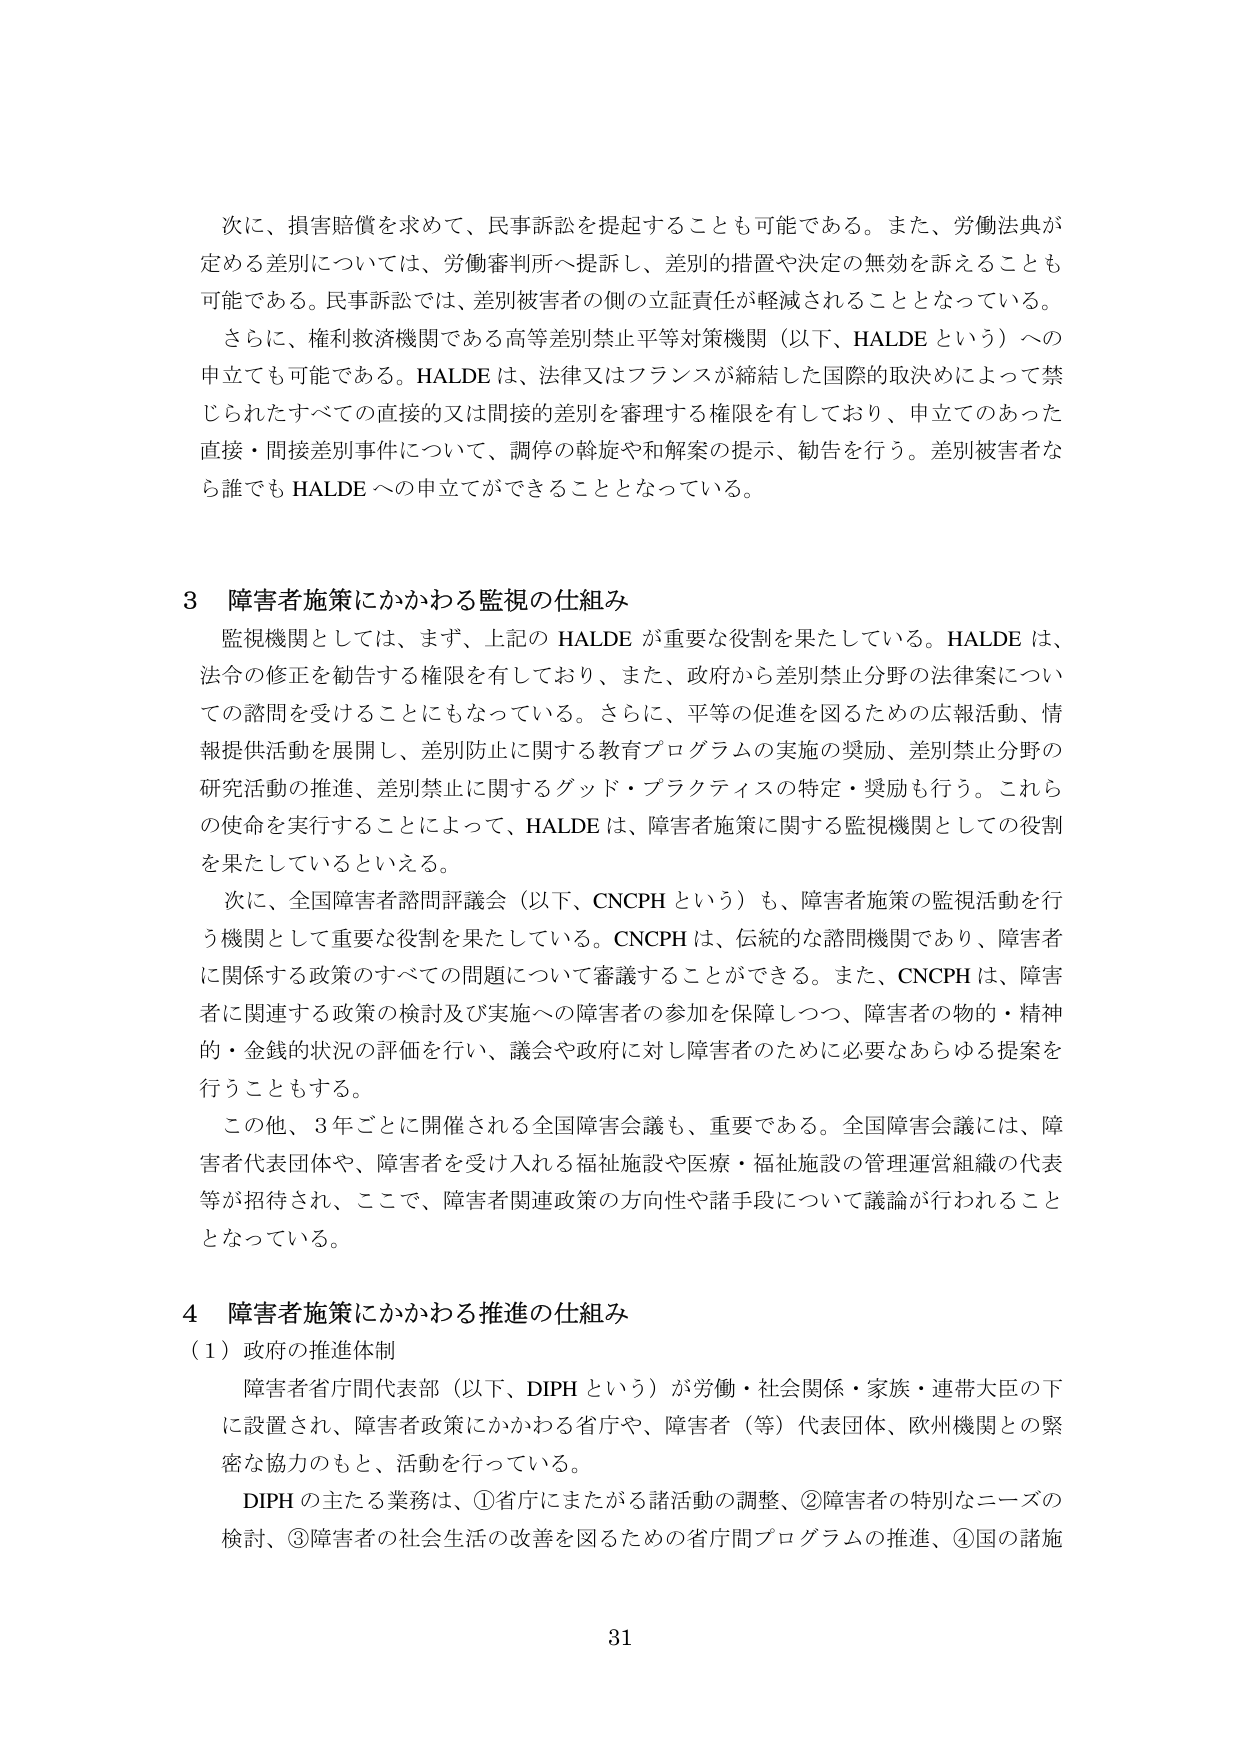
次に、損害賠償を求めて、民事訴訟を提起することも可能である。また、労働法典が定める差別については、労働審判所へ提訴し、差別的措置や決定の無効を訴えることも可能である。民事訴訟では、差別被害者の側の立証責任が軽減されることとなっている。

さらに、権利救済機関である高等差別禁止平等対策機関（以下、HALDE という）への申立ても可能である。HALDE は、法律又はフランスが締結した国際的取決めによって禁じられたすべての直接的又は間接的差別を審理する権限を有しており、申立てのあった直接・間接差別事件について、調停の斡旋や和解案の提示、勧告を行う。差別被害者なら誰でも HALDE への申立てができることとなっている。

3 障害者施策にかかわる監視の仕組み

監視機関としては、まず、上記の HALDE が重要な役割を果たしている。HALDE は、法令の修正を勧告する権限を有しており、また、政府から差別禁止分野の法律案についての諮問を受けることになっている。さらに、平等の促進を図るための広報活動、情報提供活動を展開し、差別防止に関する教育プログラムの実施の奨励、差別禁止分野の研究活動の推進、差別禁止に関するグッド・プラクティスの特定・奨励も行う。これらの使命を実行することによって、HALDE は、障害者施策に関する監視機関としての役割を果たしているといえる。

次に、全国障害者諮問評議会（以下、CNCPh という）も、障害者施策の監視活動を行う機関として重要な役割を果たしている。CNCPh は、伝統的な諮問機関であり、障害者に関係する政策のすべての問題について審議することができる。また、CNCPh は、障害者に関連する政策の検討及び実施への障害者の参加を保障しつつ、障害者の物的・精神的・金銭的状況の評価を行い、議会や政府に対し障害者のために必要なあらゆる提案を行うこともある。

この他、3 年ごとに開催される全国障害会議も、重要である。全国障害会議には、障害者代表団体や、障害者を受け入れる福祉施設や医療・福祉施設の管理運営組織の代表等が招待され、ここで、障害者関連政策の方向性や諸手段について議論が行われることとなっている。

4 障害者施策にかかわる推進の仕組み

（1）政府の推進体制

障害者省庁間代表部（以下、DIPH という）が労働・社会関係・家族・連帯大臣の下に設置され、障害者政策にかかわる省庁や、障害者（等）代表団体、欧州機関との緊密な協力のもと、活動を行っている。

DIPH の主たる業務は、①省庁にまたがる諸活動の調整、②障害者の特別なニーズの検討、③障害者の社会生活の改善を図るための省庁間プログラムの推進、④国の諸施

31